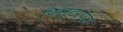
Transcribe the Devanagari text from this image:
फिल्टरपत्र